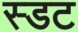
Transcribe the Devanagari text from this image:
स्डट